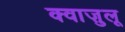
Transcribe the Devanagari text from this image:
क्वाज़ुलू